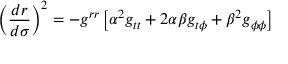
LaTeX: \left( \frac { d r } { d \sigma } \right) ^ { 2 } = - g ^ { r r } \left[ \alpha ^ { 2 } g _ { t t } + 2 \alpha \beta g _ { t \phi } + \beta ^ { 2 } g _ { \phi \phi } \right]